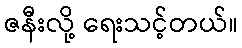
ဇနီးလို့ ရေးသင့်တယ်။